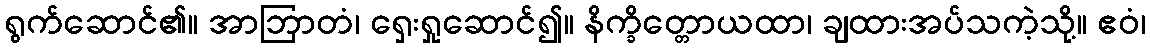
ရွက်ဆောင်၏။ အာဘြာတံ၊ ရှေးရှုဆောင်၍။ နိက္ခိတ္တောယထာ၊ ချထားအပ်သကဲ့သို့။ ဧဝံ၊